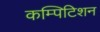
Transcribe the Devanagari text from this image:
कम्पिटिशन